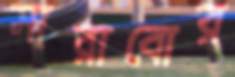
সারাবোর